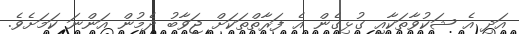
އަދި އެ ޝަކުވާތަކާއި ގުޅިގެން އެ ފަރާތްތަކަށް ޖަވާބު ދެމުން އަންނަ ކަމަށެވެ.